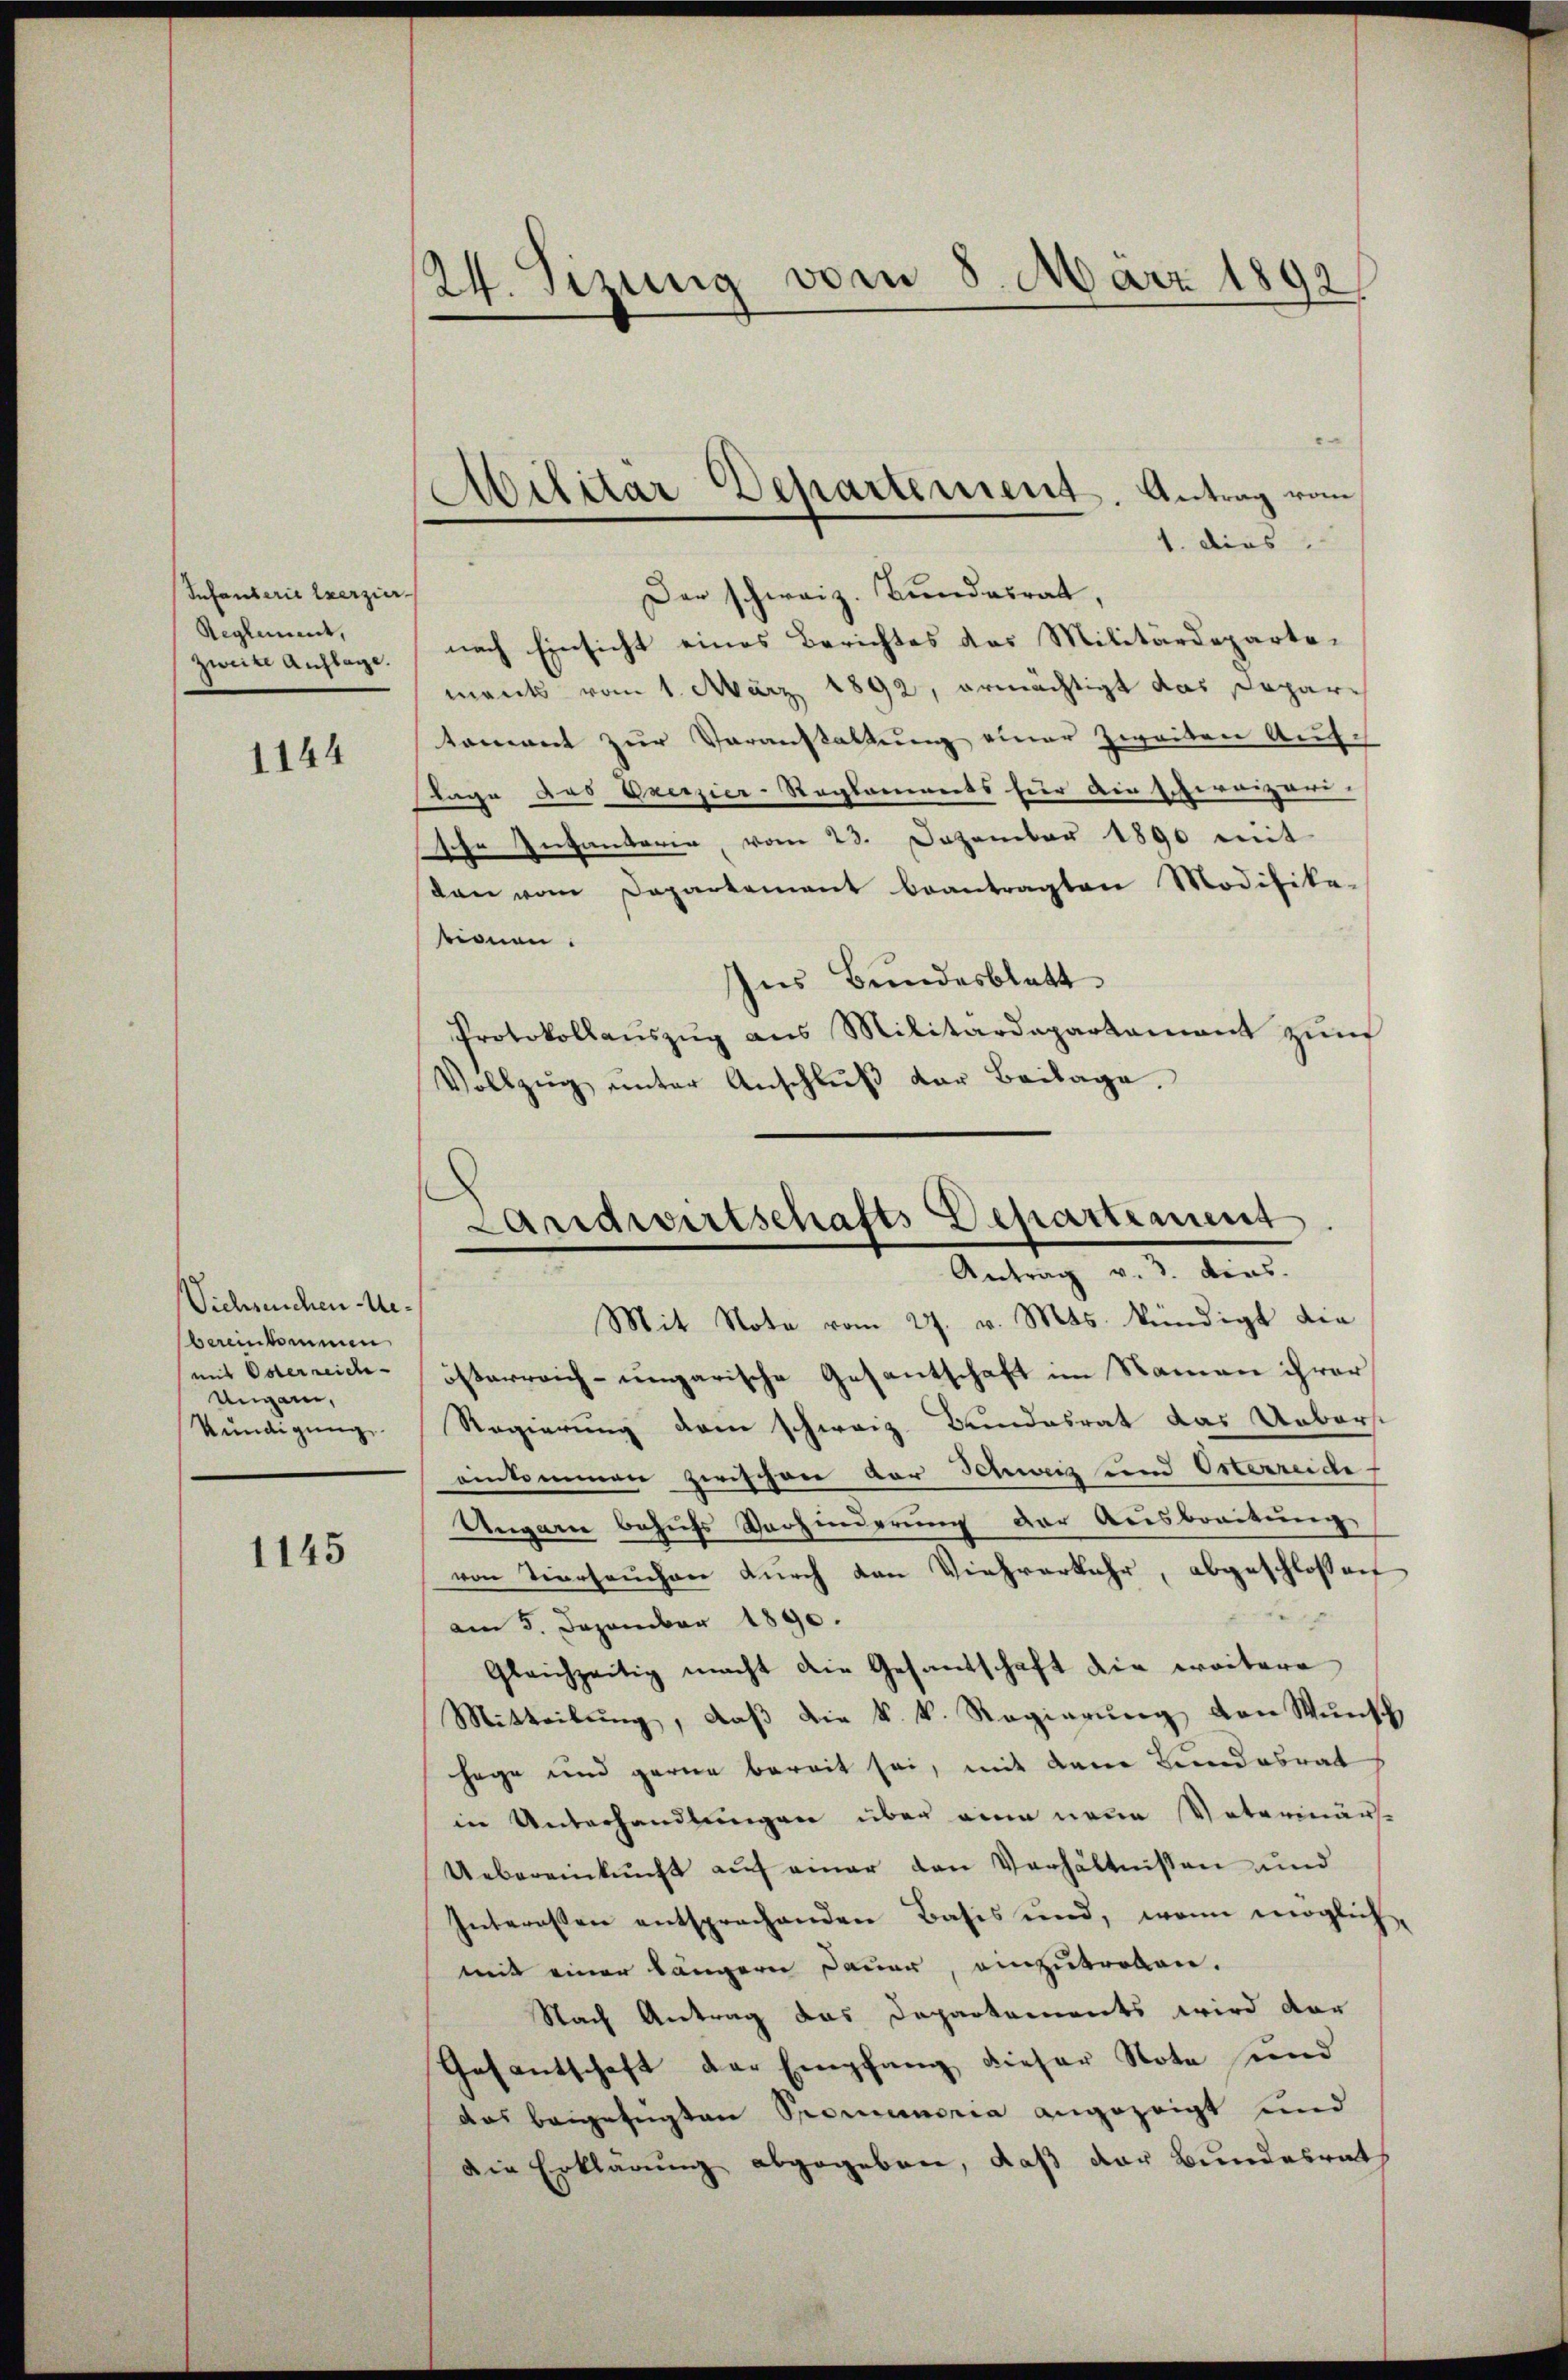
Infanterie Exerzier-
Reglement,
zweite Auflage

1144

Vichsuchen Mebereinkommen
mit Osterreich- |
Ungen,
Kündigung

1145

24. Sizung vom 8. März 1892

1. dies
Der schweiz. Bundesrat,
nach Einsicht eines Berichtes das Militärdepartemants vom 1. März 1892, ermächtigt das Dopar-
tement zur Voranstaltung einer zweiten Auflage das Exerzier-Reglements für die schereizer-
sche Infantaria, vom 23. Dezember 1890 mit
dan vom Departement beantragten Modifika-
tionen.
Ins Bundesblatt
Protokollaŭszŭg ans Militärdepartamant zŭm
Vollzug unter Anschluß der Beilage.

Militär Departement. Antrag vom

Landwirtschafts-Departement
Antrag v. 3. dies.
Mit Note vom 27. v. Mts. kündigt die

österreich-ungarische Gesantschaft im Namen ihrer
Regierung dein schweiz. Bundesrat das Ueberst
einkommen zwischen Dor Schweiz und Orterreide
Ungarn behufs Verhinderung der Ausbreitung
von Tierseuchen durch den Viehverkehr, abgeschlossen
x
am 5. Dezember 1890.
Gleichzeitig macht die Gesandschaft die weitere
Mitteilung, daß die k. k. Regierung von Wunsch
hege und gerne bereit sei, mit dem Bundesrat
in Unterhandlungen über eine neue Vaterinäre
Uebereinkunft auf einer den Verhältnissen und
Interessen entsprechenden Basis und, wenn möglich,
mit einer längern Dauer, einzutrollen.
Nach Antrag das Departements wird dar
Gasantschaft der Empfang dieser Note und
das beigefügten Promemoria angezeigt und
Die Erklärung abgegeben, daß der Bundesrat